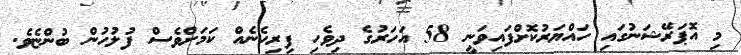
މި އޮޕަރޭޝަނުގައި ހައްޔަރުކޮށްފައިވަނީ 58 އަހަރުގެ ދިވެހި ފިރިހެނެއް ކަމަށްވެސް ފުލުހުން ބުންޏެވެ.